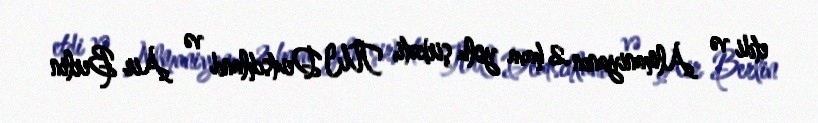
etdi və Almaniyanın 2 hava yolu şirkəti, TUI Deutschland və Air Berlin